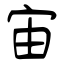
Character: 宙